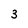
Character: 3